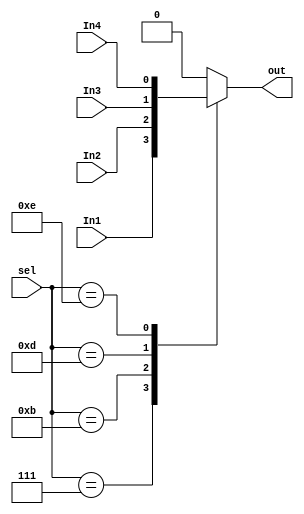
`timescale 1ns / 1ps
//////////////////////////////////////////////////////////////////////////////////
// Company: 
// Engineer: 
// 
// Design Name: 
// Module Name: MUX
// Project Name: 
// Target Devices: 
// Tool Versions: 
// Description: 
// 
// Dependencies: 
// 
// Revision:
// Revision 0.01 - File Created
// Additional Comments:
// 
//////////////////////////////////////////////////////////////////////////////////



module MUX3X1
    (
    input In1,
    input In2,
    input In3,
    input In4,
    input [0:3] sel,
    output reg out
    );
    always @(*) begin
        case(sel)
            4'b0111: out=In1;
            4'b1011: out=In2;
            4'b1101: out=In3;
            4'b1110: out=In4;
            default: out = 0;
        endcase
    end
endmodule